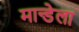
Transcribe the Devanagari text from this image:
मान्डेला